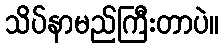
သိပ်နာမည်ကြီးတာပဲ။